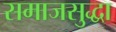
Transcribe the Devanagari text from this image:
समाजसुद्धा